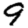
Digit: 9